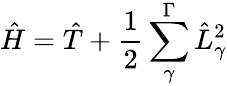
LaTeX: \hat{H}=\hat{T}+\frac{1}{2}\sum_{\gamma}^{\Gamma}\hat{L}_{\gamma}^{2}